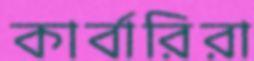
কার্বারিরা